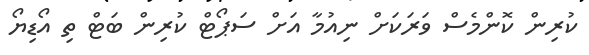
ކުރިން ކޮންމެސް ވަރަކަށް ނިއުމާ އަށް ސަޕޯޓް ކުރިން ބަޓް ތި އޯޑިޔޯ